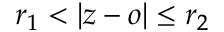
r _ { 1 } < | z - o | \leq r _ { 2 }